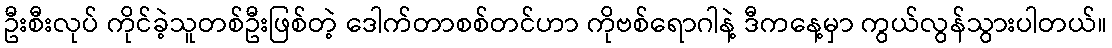
ဦးစီးလုပ် ကိုင်ခဲ့သူတစ်ဦးဖြစ်တဲ့ ဒေါက်တာစစ်တင်ဟာ ကိုဗစ်ရောဂါနဲ့ ဒီကနေ့မှာ ကွယ်လွန်သွားပါတယ်။